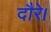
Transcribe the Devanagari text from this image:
दौरे।